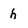
Character: h